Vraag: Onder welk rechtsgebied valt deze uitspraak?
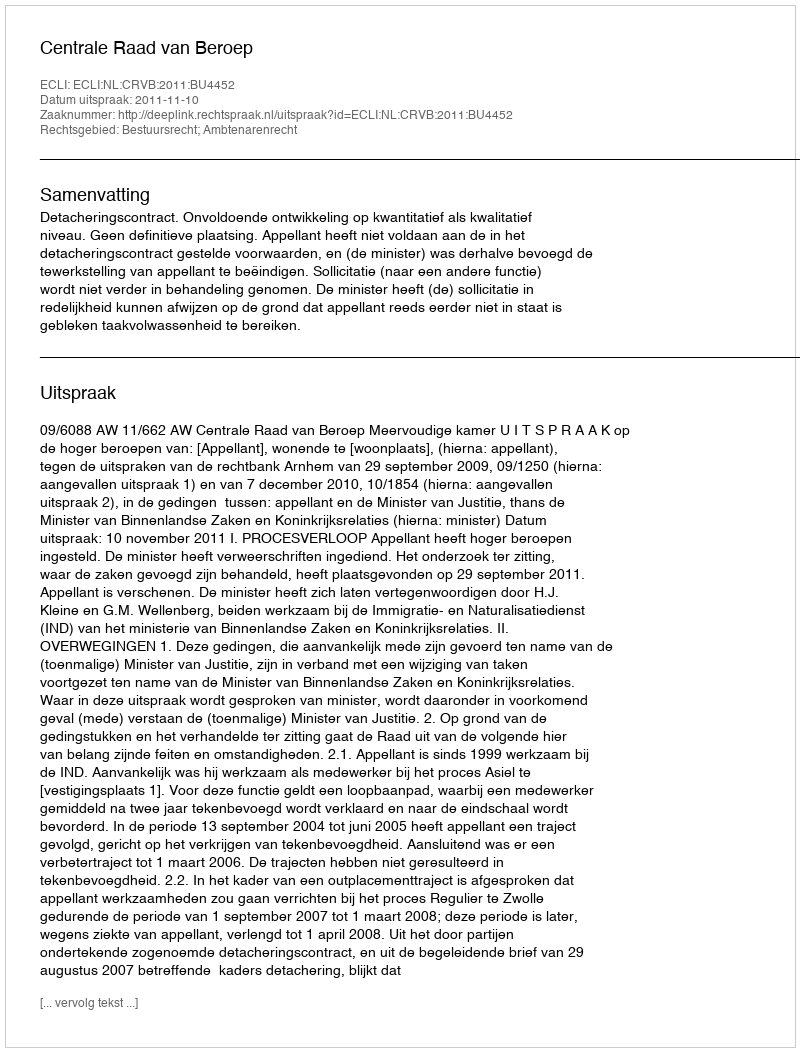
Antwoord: Bestuursrecht; Ambtenarenrecht